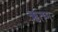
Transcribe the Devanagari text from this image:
ऋतम